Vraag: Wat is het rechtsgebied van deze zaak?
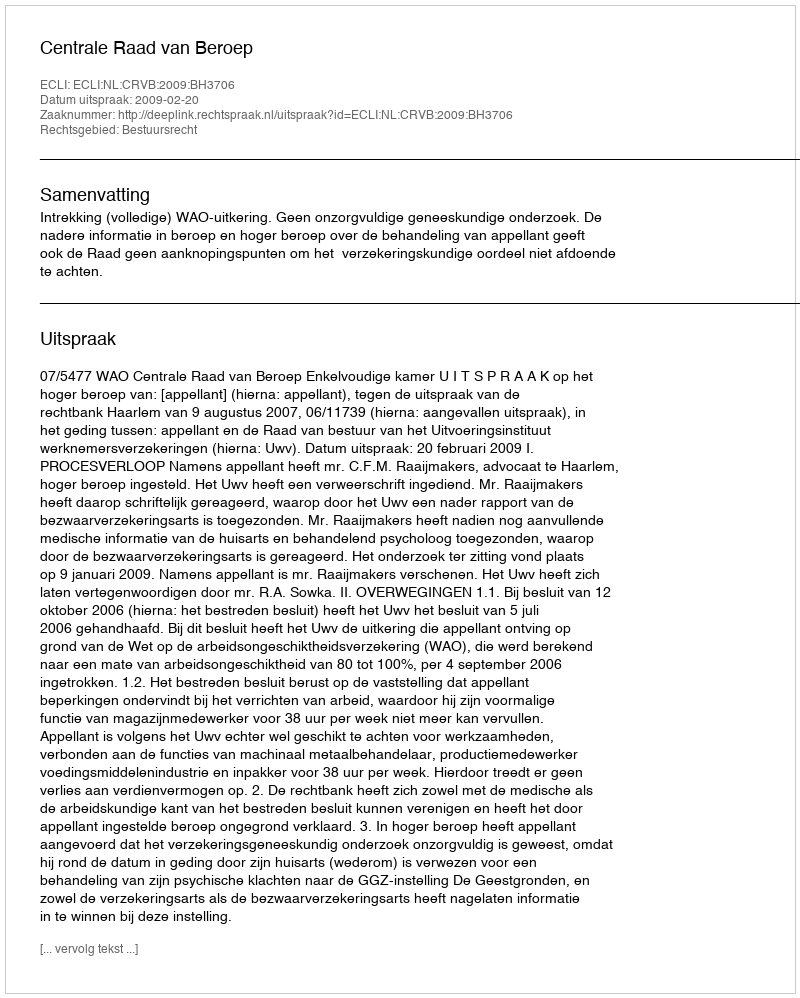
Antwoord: Bestuursrecht